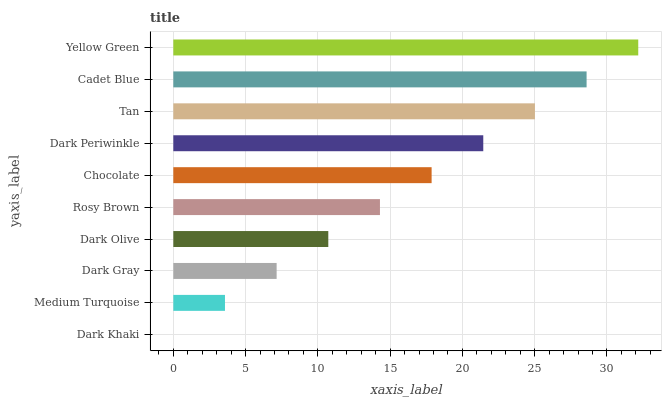
| yaxis_label | bars |
 | --- | --- |
 | Dark Khaki | 0 |
 | Medium Turquoise | 3.57 |
 | Dark Gray | 7.15 |
 | Dark Olive | 10.7 |
 | Rosy Brown | 14.3 |
 | Chocolate | 17.9 |
 | Dark Periwinkle | 21.4 |
 | Tan | 25 |
 | Cadet Blue | 28.6 |
 | Yellow Green | 32.2 |